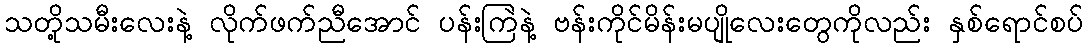
သတို့သမီးလေးနဲ့ လိုက်ဖက်ညီအောင် ပန်းကြဲနဲ့ ဗန်းကိုင်မိန်းမပျိုလေးတွေကိုလည်း နှစ်ရောင်စပ်